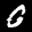
Label: 0